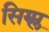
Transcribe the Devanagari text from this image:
सिम्प्ल